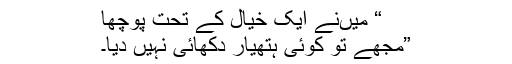
“ میںنے ایک خیال کے تحت پوچھا
”مجھے تو کوئی ہتھیار دکھائی نہیں دیا۔